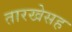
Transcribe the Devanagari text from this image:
तारखेसह